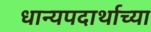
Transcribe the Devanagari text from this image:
धान्यपदार्थाच्या